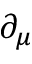
\partial _ { \mu }